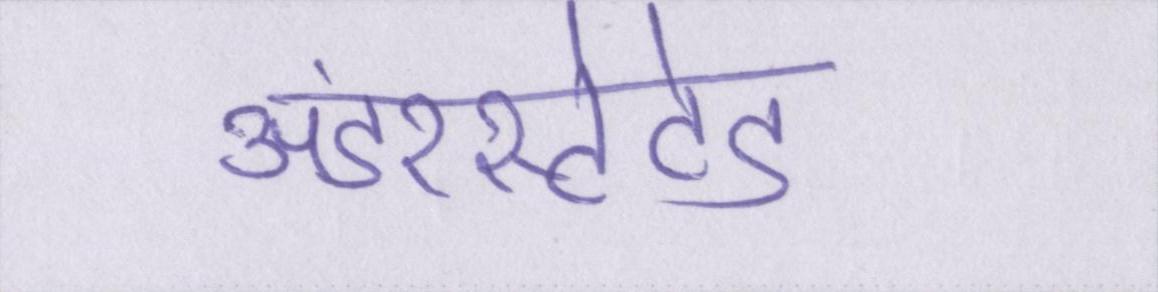
अंडरस्टेटेड